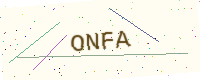
Text: ONFA